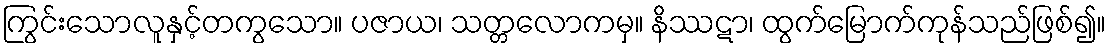
ကြွင်းသောလူနှင့်တကွသော။ ပဇာယ၊ သတ္တလောကမှ။ နိဿဋာ၊ ထွက်မြောက်ကုန်သည်ဖြစ်၍။